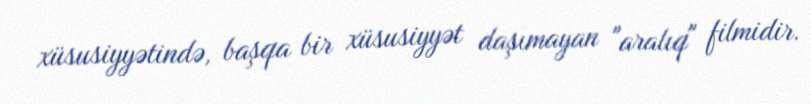
xüsusiyyətində, başqa bir xüsusiyyət daşımayan "aralıq" filmidir.